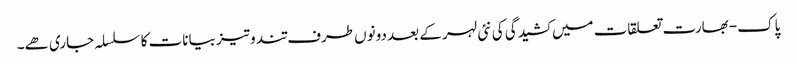
پاک-بھارت تعلقات میں کشیدگی کی نئی لہر کے بعد دونوں طرف تند و تیز بیانات کا سلسلہ جاری ھے۔